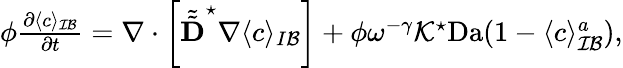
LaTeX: \begin{array}{r}{\phi\frac{\partial\langle c\rangle_{\mathcal{IB}}}{\partial t}=\nabla\cdot\left[\tilde{\tilde{\textbf{D}}}^{\star}\nabla\langle c\rangle_{I\mathcal B}\right]+\phi\omega^{-\gamma}\mathcal{K}^{\star}\mathrm{Da}(1-\langle c\rangle_{\mathcal{IB}}^{a}),}\end{array}